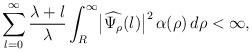
LaTeX: \begin{align*}\sum_{l=0}^\infty\frac{\lambda+l}{\lambda}\int_R^\infty\bigl|\widehat{\Psi_\rho}(l)\bigr|^2\,\alpha(\rho)\,d\rho<\infty,\end{align*}